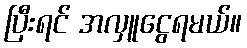
ပြီးရင် အလှူငွေရမယ်။